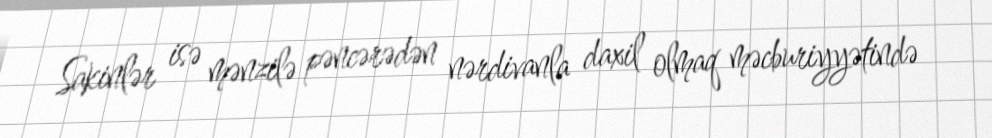
Sakinlər isə mənzilə pəncərədən nərdivanla daxil olmaq məcburiyyətində